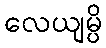
လေယျမ္ပိ